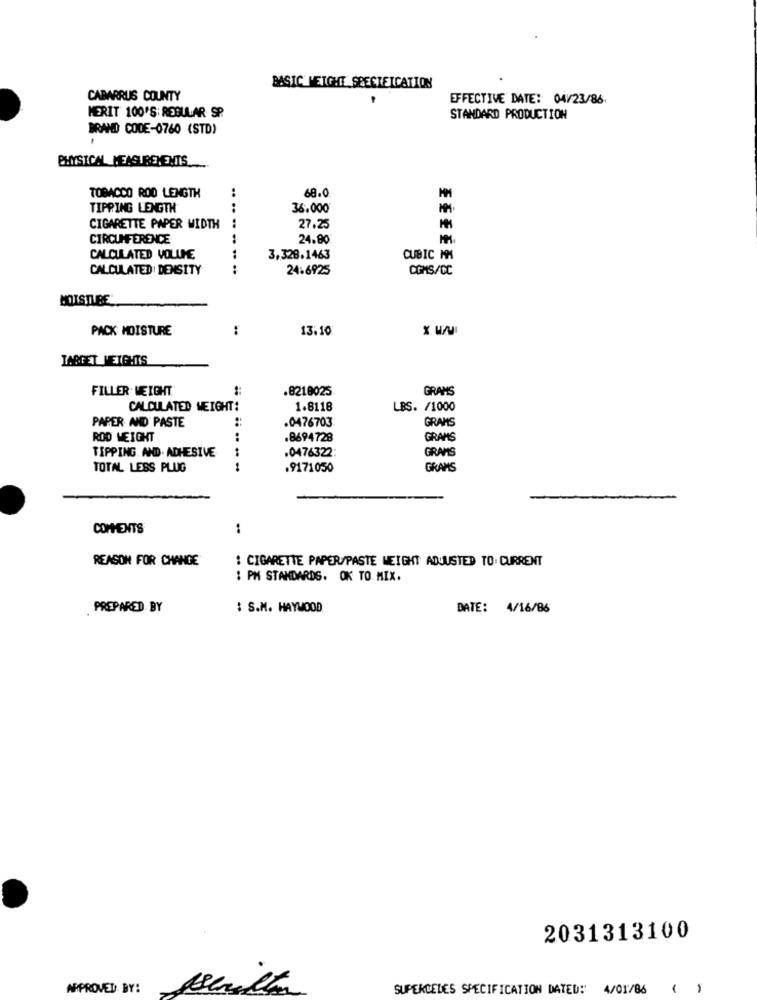
BASIC MEIGHT SPECIFICATION
CABARRUS COUNTY
EFFECTIVE DATE: 04/23/86
MERIT 100'S REGULAR SP.
STANDARD PRODUCTION
BRAND CODE-0760 (STD)
PHYSICAL MEASUREMENTS ..
68.0
TOBACCO ROD LENGTH
TIPPING LENGTH
36.000
......
CIGARETTE PAPER WIDTH
27.25
CIRCUMFERENCE
24.80
CALCULATED VOLUME
3,328.1463
CUBIC MOMS
CALCULATED DENSITY
24-6925
COMS/CC
MOISTURE
PACK MOISTURE
:
13.10
TAGGET MEIGHTS
FILLER WEIGHT
.8218025
GRANS
CALCULATED WEIGHT:
1.8118
LBS. /1000
PAPER AND PASTE
.0476703
GRAMS
ROD WEIGHT
:
.8694728
GRAMS
TIPPING. AND. ADHESIVE
.0476322:
GRAMS
TOTAL LESS PLUG
.9171050
GRAMS
COMMENTS
:
REASON FOR CHANGE
: CIGARETTE PAPER/PASTE WEIGHT ADJUSTED TO. CURRENT
: PM STANDARDS. OK TO MIX.
. PREPARED BY
: S.M. HAYWOOD
DATE: 4/16/86
2031313100
APPROVED BY:
SUPERDELES SPECIFICATION DATED!"
4/01/86